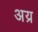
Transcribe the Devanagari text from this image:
अय्र